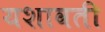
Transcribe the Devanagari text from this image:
यशावती